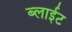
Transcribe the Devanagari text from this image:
ब्लाईट